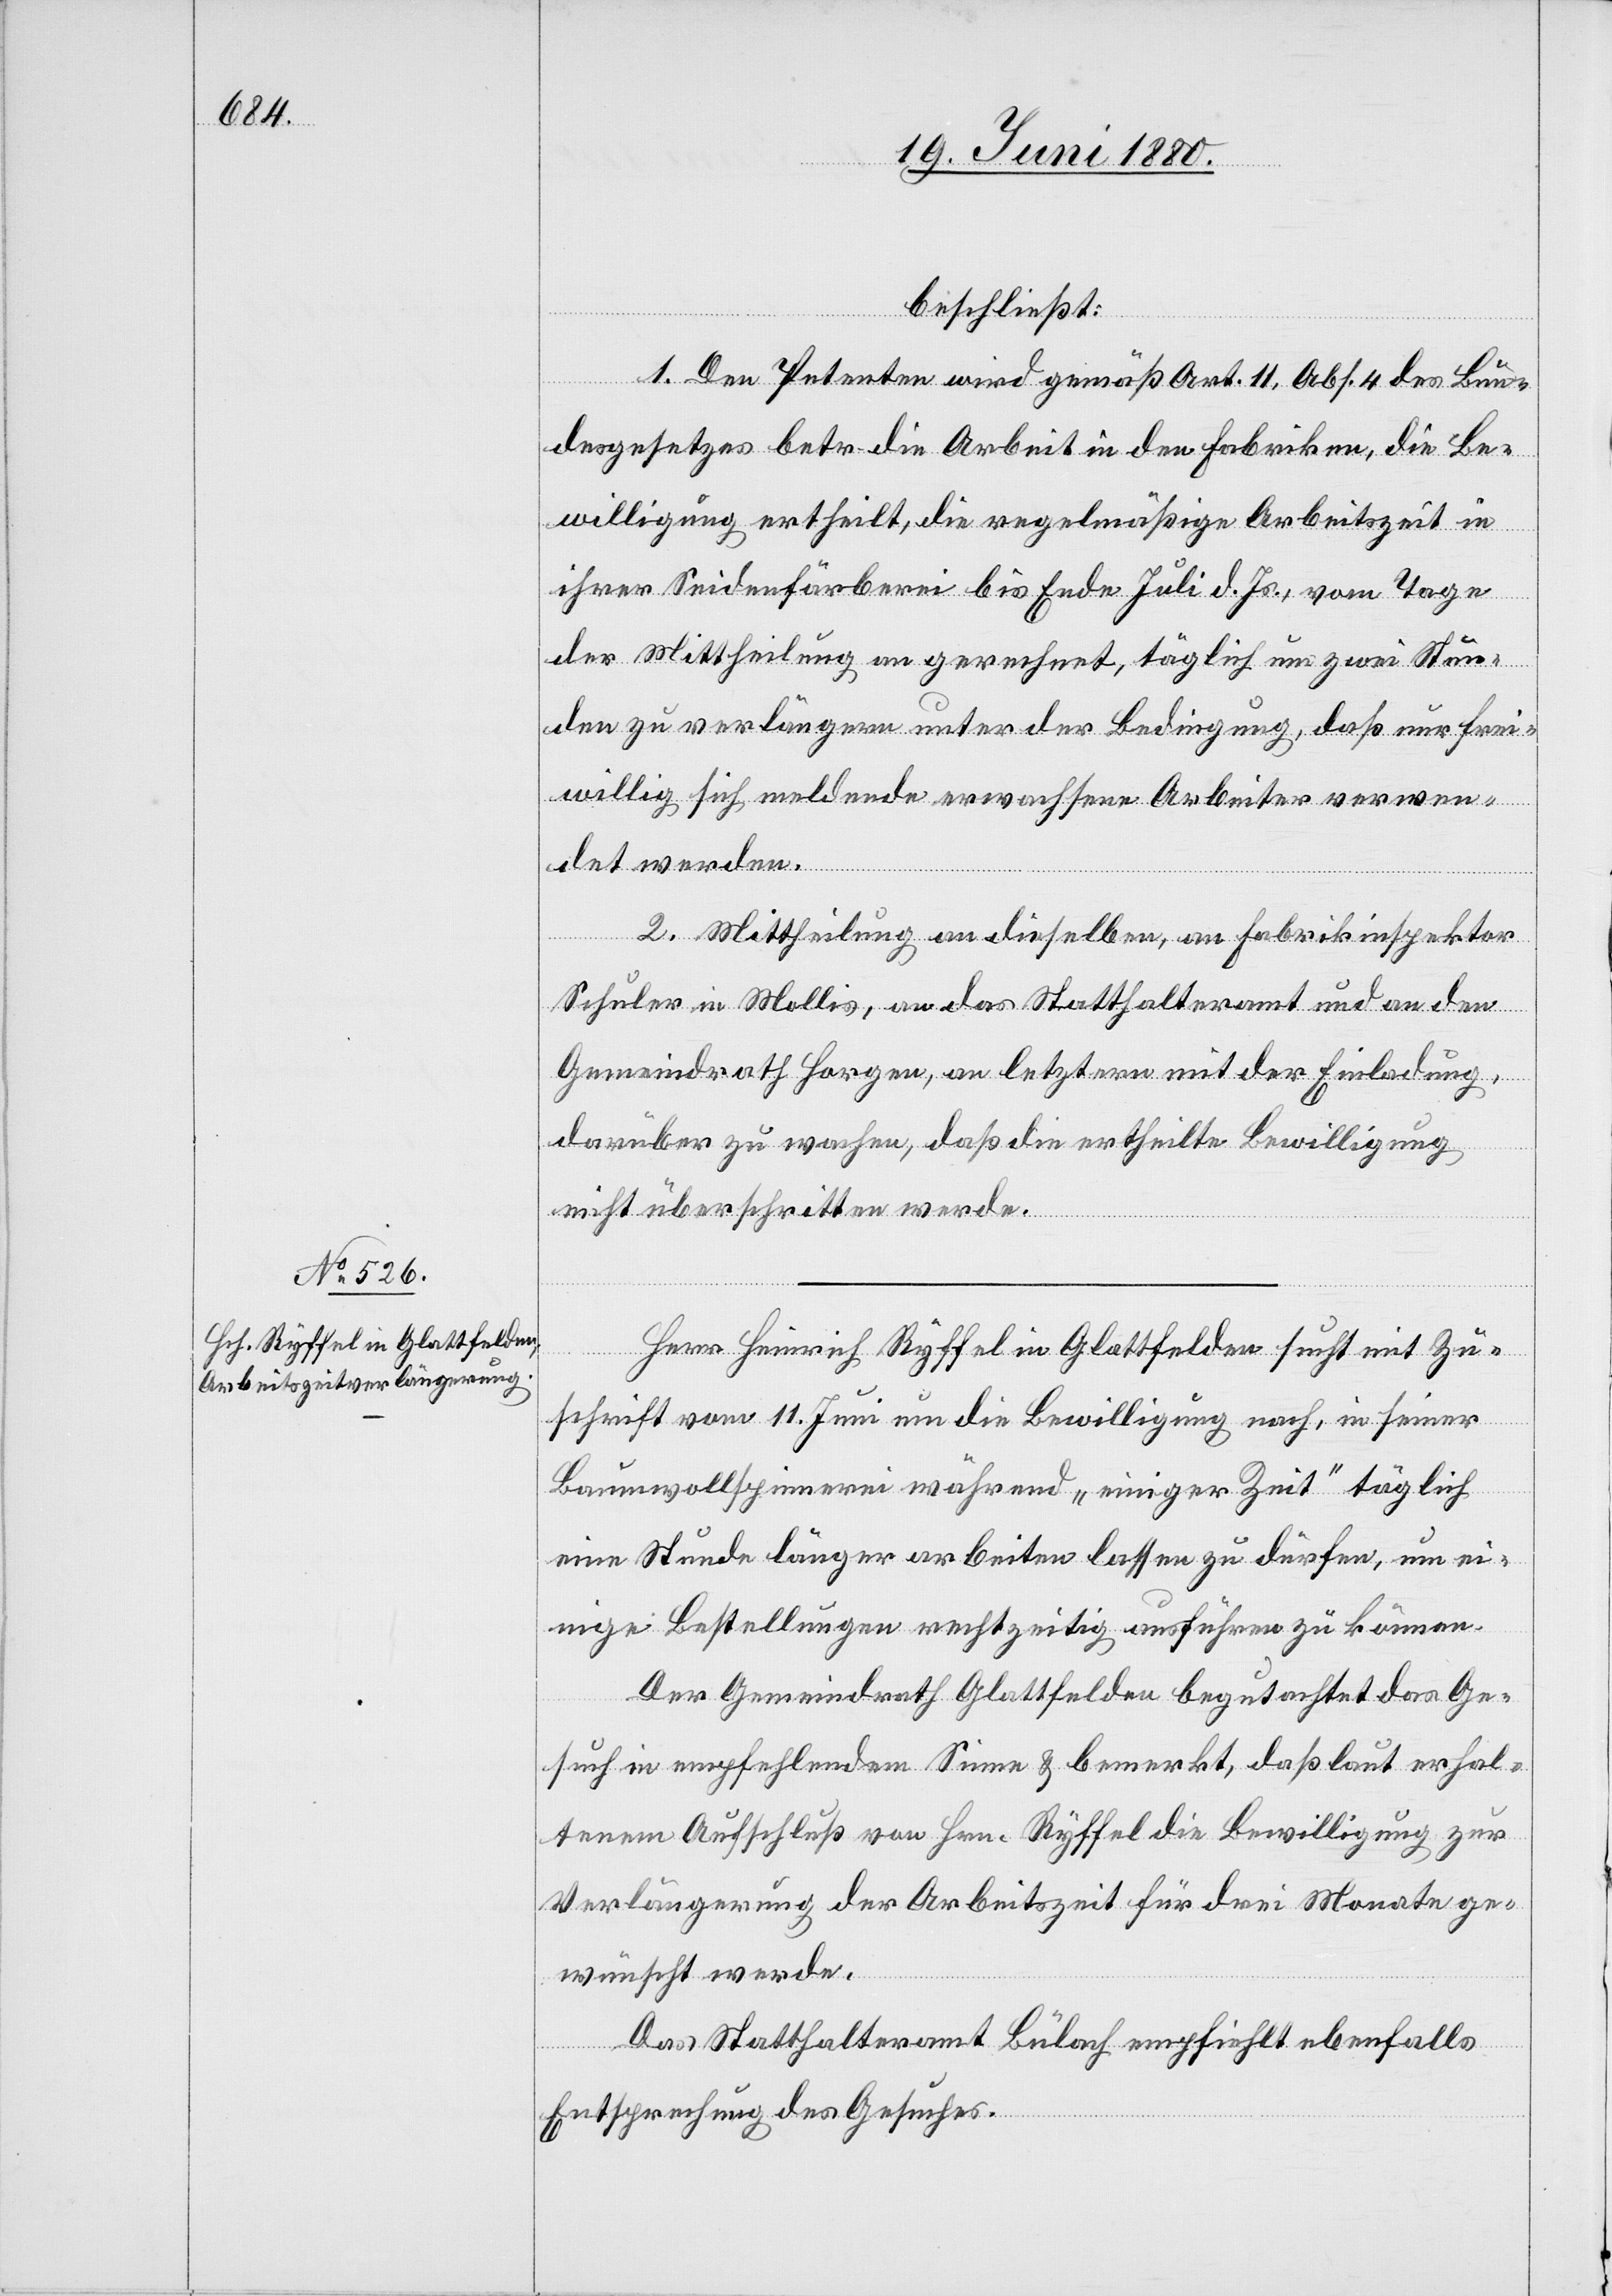
beschließt:
1. Den Petenten wird gemäß Art. 11, Abs. 4 des Bun¬
desgesetzes betr. die Arbeit in den Fabriken, die Be¬
willigung ertheilt, die regelmäßige Arbeitszeit in
ihrer Seidenfärberei bis Ende Juli d. Js., vom Tage
der Mittheilung an gerechnet, täglich um zwei Stun¬
den zu verlängern unter der Bedingung, daß nur frei¬
willig sich meldende erwachsene Arbeiter verwen¬
det werden.
2. Mittheilung an dieselbe, an Fabrikinspektor
Schuler in Mollis, an das Statthalteramt und an den
Gemeindrath Horgen, an letztern mit der Einladung,
darüber zu wachen, daß die ertheilte Bewilligung
nicht überschritten werde.
Herr Heinrich Ryffel in Glattfelden sucht mit Zu¬
schrift vom 11. Juni um die Bewilligung nach, in seiner
Baumwollspinnerei während „einiger Zeit“ täglich
eine Stunde länger arbeiten lassen zu dürfen, um ei¬
nige Bestellungen rechtzeitig ausführen zu können.
Der Gemeindrath Glattfelden begutachtet das Ge¬
such in empfehlendem Sinne & bemerkt, daß laut erhal¬
tenem Aufschluß von Hrn. Ryffel die Bewilligung zur
Verlängerung der Arbeitszeit für drei Monate ge¬
wünscht werde.
Das Statthalteramt Bülach empfiehlt ebenfalls
Entsprechung des Gesuches.